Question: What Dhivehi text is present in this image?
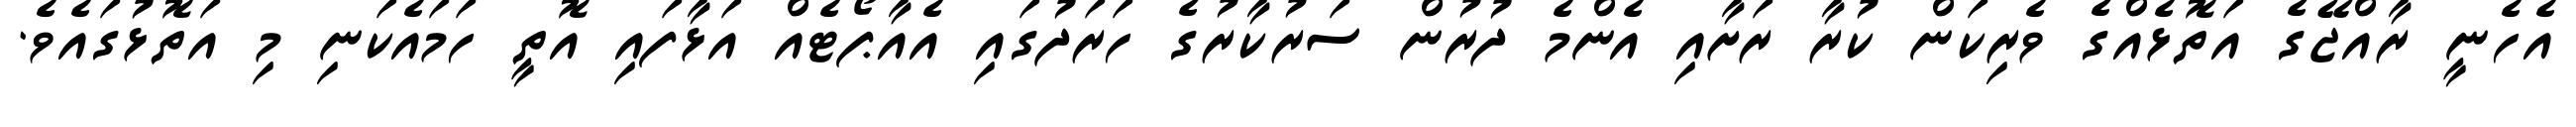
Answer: އެހެނީ ރާއްޖޭގެ އަތޮޅެއްގެ ވެރިކަން ކުރާ ރަށާއި އެންމެ ދުރުން ސަރުކާރުގެ ހަރަދުގައި އެއާޕޯޓެއް އަޅާފައި އޮތީ ހަމައެކަނި މި އަތޮޅުގައެވެ.